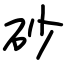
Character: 砂